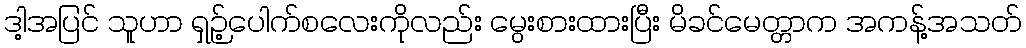
ဒါ့အပြင် သူဟာ ရှဉ့်ပေါက်စလေးကိုလည်း မွေးစားထားပြီး မိခင်မေတ္တာက အကန့်အသတ်